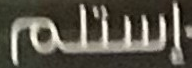
إستلم